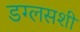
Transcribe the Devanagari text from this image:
डग्लसशी